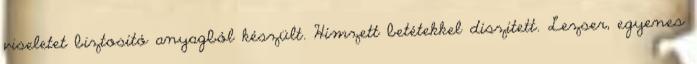
viseletet biztosító anyagból készült. Hímzett betétekkel díszített. Lezser, egyenes